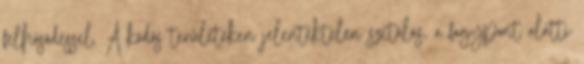
felhősödéssel. A ködös területeken jelentéktelen szitálás, a fagypont alatti